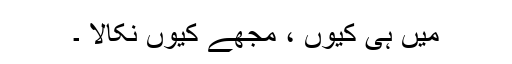
میں ہی کیوں ، مجھے کیوں نکالا ۔